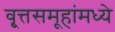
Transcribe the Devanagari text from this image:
वृ्त्तसमूहांमध्ये